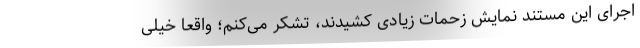
اجرای این مستند نمایش زحمات زیادی کشیدند، تشکر می‌کنم؛ واقعا خیلی